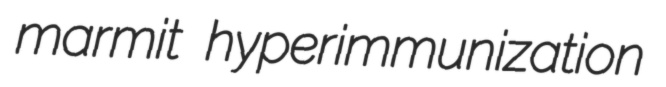
marmit hyperimmunization